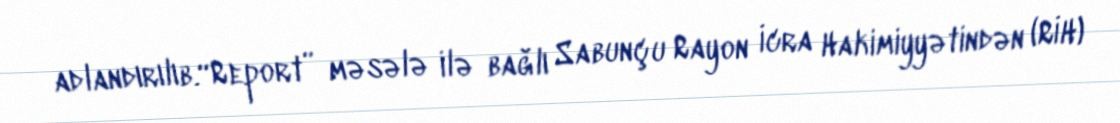
adlandırılıb.“Report” məsələ ilə bağlı Sabunçu Rayon İcra Hakimiyyətindən (RİH)